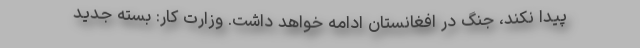
پیدا نکند، جنگ در افغانستان ادامه خواهد داشت. وزارت کار: بسته جدید